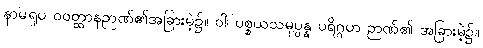
နာမရူပ ဝဝတ္ထာနဉာဏ်၏အခြားမဲ့၌။ ဝါ၊ ပစ္စယသမုပ္ပန္န ပရိဂ္ဂဟ ဉာဏ်၏ အခြားမဲ့၌။